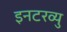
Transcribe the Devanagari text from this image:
इनटरव्यु